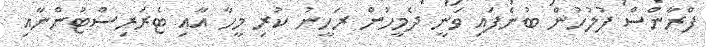
ފްރާންސް ފުލުހުން ބުނެފައި ވަނީ ދެމީހުން ރަހީނު ކުރި މީހާ އާއި ޓެރަރިސްޓުންނާއި